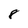
Character: 8